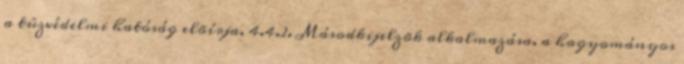
a tûzvédelmi hatóság elõírja. 4.4.2. Másodkijelzõk alkalmazása. a hagyományos